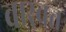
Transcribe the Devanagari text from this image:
वास्वत